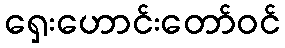
ရှေးဟောင်းတော်ဝင်